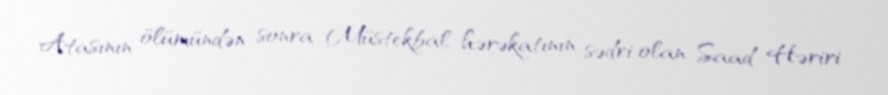
Atasının ölümündən sonra Müstekbal hərəkatının sədri olan Saad Həriri